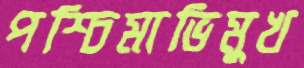
পশ্চিমাভিমুখ